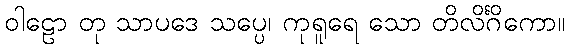
ဝါဠော တု သာပဒေ သပ္ပေ၊ ကုရူရေ သော တိလိင်္ဂိကော။